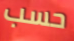
حسب